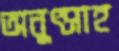
অনুৎসাহ